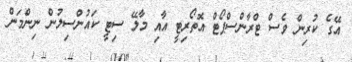
އޭގެ ކުރިން ވެސް ޓްރާންސްޕޯޓް އޮތޯރިޓީ އާއި މާލޭ ސިޓީ ކައުންސިލުން ނިންމަން